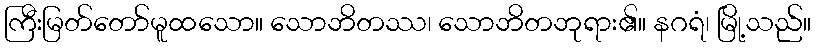
ကြီးမြတ်တော်မူထသော။ သောဘိတဿ၊ သောဘိတဘုရား၏။ နဂရံ၊ မြို့သည်။